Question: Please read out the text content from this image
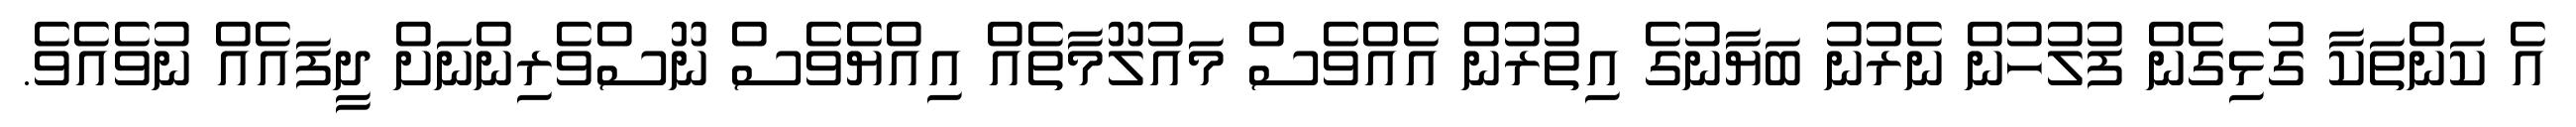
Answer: އެ ކަންތަކާ ގުޅިގެން ފުލުހުން ނެރުނު ބަޔާނުގެ އިތުރުން އެއްވެސް މައުލޫމާތެއް އިއްޔެވެސް ނޫސްވެރިންނަށް ދީފައެއް ނުވެއެވެ.